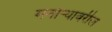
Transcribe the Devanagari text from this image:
मनोऱ्यावरील